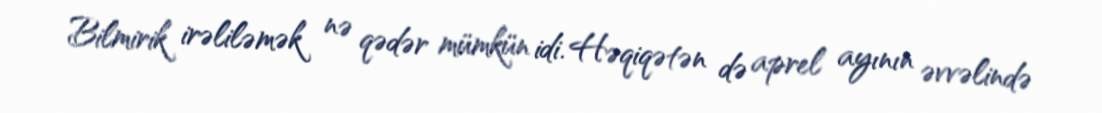
Bilmirik irəliləmək nə qədər mümkün idi. Həqiqətən də aprel ayının əvvəlində